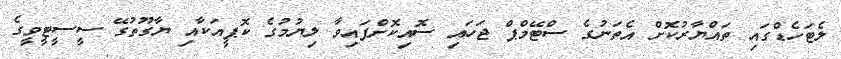
ލެޓަހެޑްގައި ތައްޔާރުކޮށް އެތަނުގެ ސްޓޭމްޕް ޖަހައި ސޮއިކޮށްފައިވާ ލިޔުމުގެ ކޮޕީއަކާއި ޔާގޫތުގޭ ސީސީޓީވީގެ